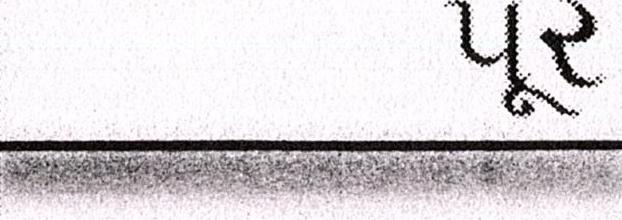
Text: પૂર